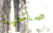
صاحية